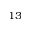
^ { 1 3 }